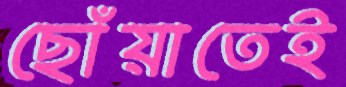
ছোঁয়াতেই